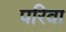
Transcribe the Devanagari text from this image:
परिवा